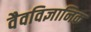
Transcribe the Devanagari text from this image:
वैवविज्ञानिक